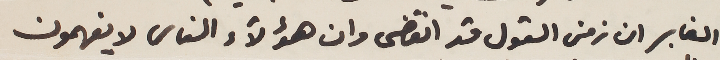
الغابر ان زمن القول قد انقضى وان هؤلاء الناس لا يفهمون